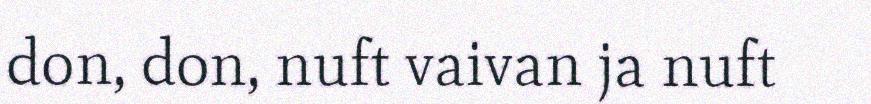
don, don, nuft vaivan ja nuft